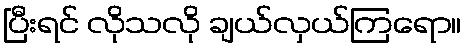
ပြီးရင် လိုသလို ချယ်လှယ်ကြရော။